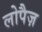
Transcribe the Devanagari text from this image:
लोपैज़